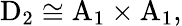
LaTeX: \mathrm{D}_{2}\cong\mathrm{A}_{1}\times\mathrm{A}_{1},